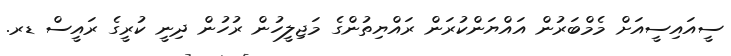
ސީއައިސީއަށް މެމްބަރުން އައްޔަންކުރަން ރައްޔިތުންގެ މަޖިލީހުން ރުހުން ދިނީ ކުރީގެ ރައީސް ޑރ.